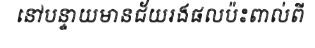
នៅបន្ទាយមានជ័យរងផលប៉ះពាល់ពី